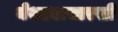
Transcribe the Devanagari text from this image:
येथल्यासारखी